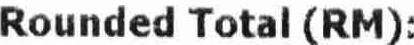
ROUNDED TOTAL (RM):